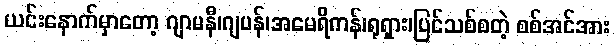
ယင်းနောက်မှာတော့ ဂျာမနီ၊ဂျပန်၊အမေရိကန်၊ရုရှား၊ပြင်သစ်စတဲ့ စစ်အင်အား